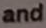
and